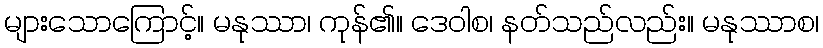
များသောကြောင့်။ မနုဿာ၊ ကုန်၏။ ဒေဝါစ၊ နတ်သည်လည်း။ မနုဿာစ၊